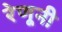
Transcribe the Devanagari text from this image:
रेणूनी